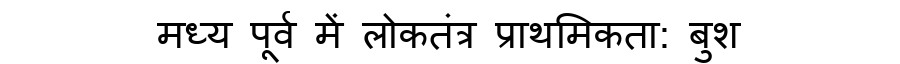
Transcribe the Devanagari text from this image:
मध्य पूर्व में लोकतंत्र प्राथमिकता: बुश